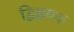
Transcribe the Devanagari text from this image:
द्विक्षयक